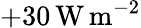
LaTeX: +30\, \mathrm{W}\, \mathrm{m}^{-2}